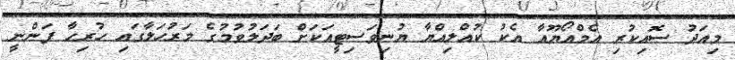
މިއަދު ސޮއިކުރި އެމްއޯޔޫއާ އެކު ކުއްލިއްޔާ ޔުނިވަސިޓީއަކަށް ބަދަލުވުމުގެ މަރުހަލާގައި ހުރިހާ ފަންނީ